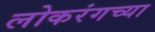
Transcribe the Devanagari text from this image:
लोकरंगच्या